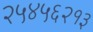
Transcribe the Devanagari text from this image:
२५४५६२१३